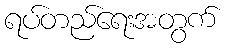
ရပ်တည်ရေးအတွက်